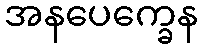
အနပေက္ခေန